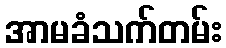
အာမခံသက်တမ်း